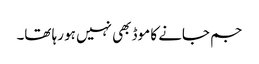
جم جانے کا موڈ بھی نہیں ہو رہا تھا۔